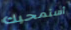
أستمحيك